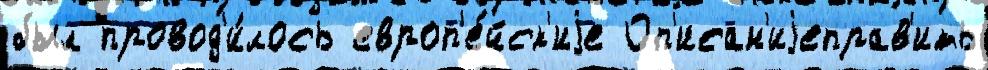
был провод'и́лось европ'е́йск'иjе Оп'исан'иjеправ'ить